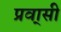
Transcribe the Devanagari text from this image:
प्रवा्सी